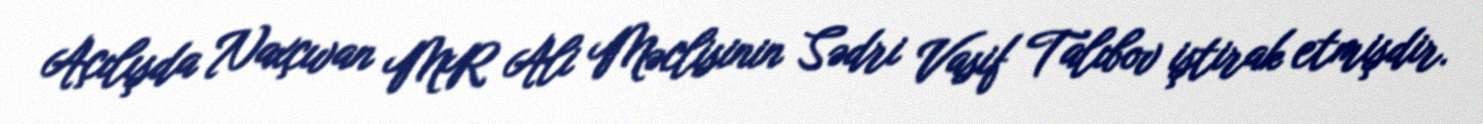
Açılışda Naxçıvan MR Ali Məclisinin Sədri Vasif Talıbov iştirak etmişdir.